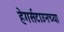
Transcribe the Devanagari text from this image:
हेगर्सटाउनच्या